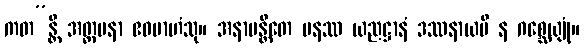
ကတ”န္တိ အတ္တမနာ ဧဝမာဟံသု။ အနာမန္တိတေ ပနဿ ယညဋ္ဌာနံ ဒဿနာယပိ န ဂစ္ဆေယျုံ။